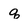
Character: q